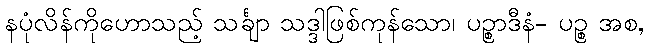
နပုံလိန်ကိုဟောသည့် သင်္ချာ သဒ္ဒါဖြစ်ကုန်သော၊ ပဉ္စာဒီနံ- ပဉ္စ အစ,